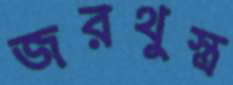
জরথুস্ত্র